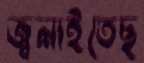
জ্বলাইতেছ